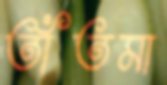
তাঁতমা